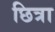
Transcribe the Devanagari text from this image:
छित्रा